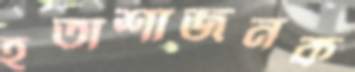
হতাশাজনক